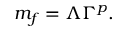
m _ { f } = \Lambda \Gamma ^ { p } .